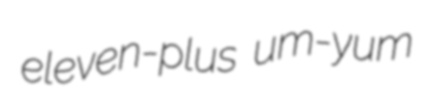
eleven-plus um-yum